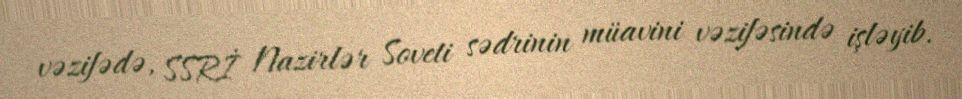
vəzifədə, SSRİ Nazirlər Soveti sədrinin müavini vəzifəsində işləyib.